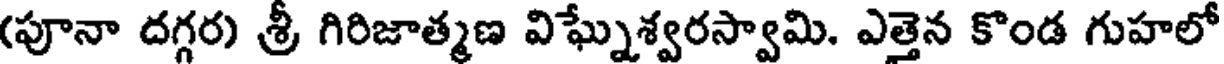
(పూనా దగ్గర) శ్రీ గిరిజాత్మణ విఘ్నేశ్వరస్వామి. ఎత్తెన కొండ గుహలో